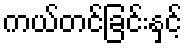
ကယ်တင်ခြင်းနှင့်